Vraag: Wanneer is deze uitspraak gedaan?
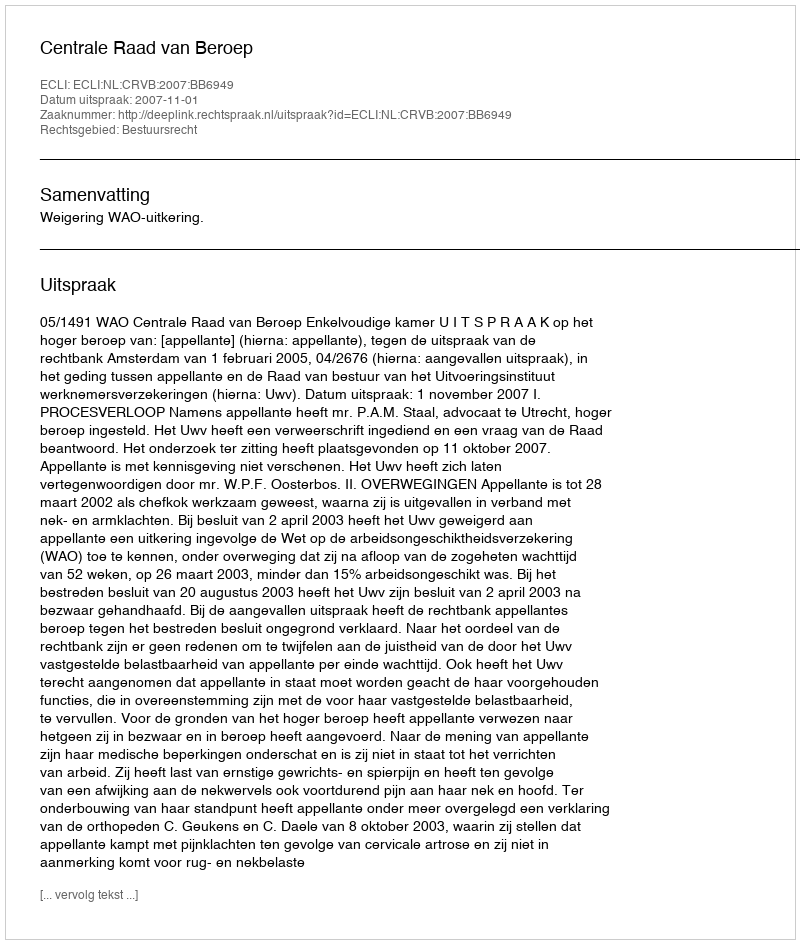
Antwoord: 2007-11-01